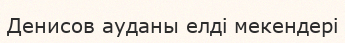
Денисов ауданы елді мекендері